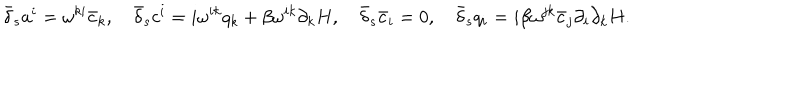
\nonumber \bar { \delta } _ { s } a ^ { i } = \omega ^ { k i } \bar { c } _ { k } , \quad \bar { \delta } _ { s } c ^ { i } = i \omega ^ { i k } q _ { k } + \beta \omega ^ { i k } \partial _ { k } H , \quad \bar { \delta } _ { s } \bar { c } _ { i } = 0 , \quad \bar { \delta } _ { s } q _ { i } = i \beta \omega ^ { j k } \bar { c } _ { j } \partial _ { i } \partial _ { k } H .